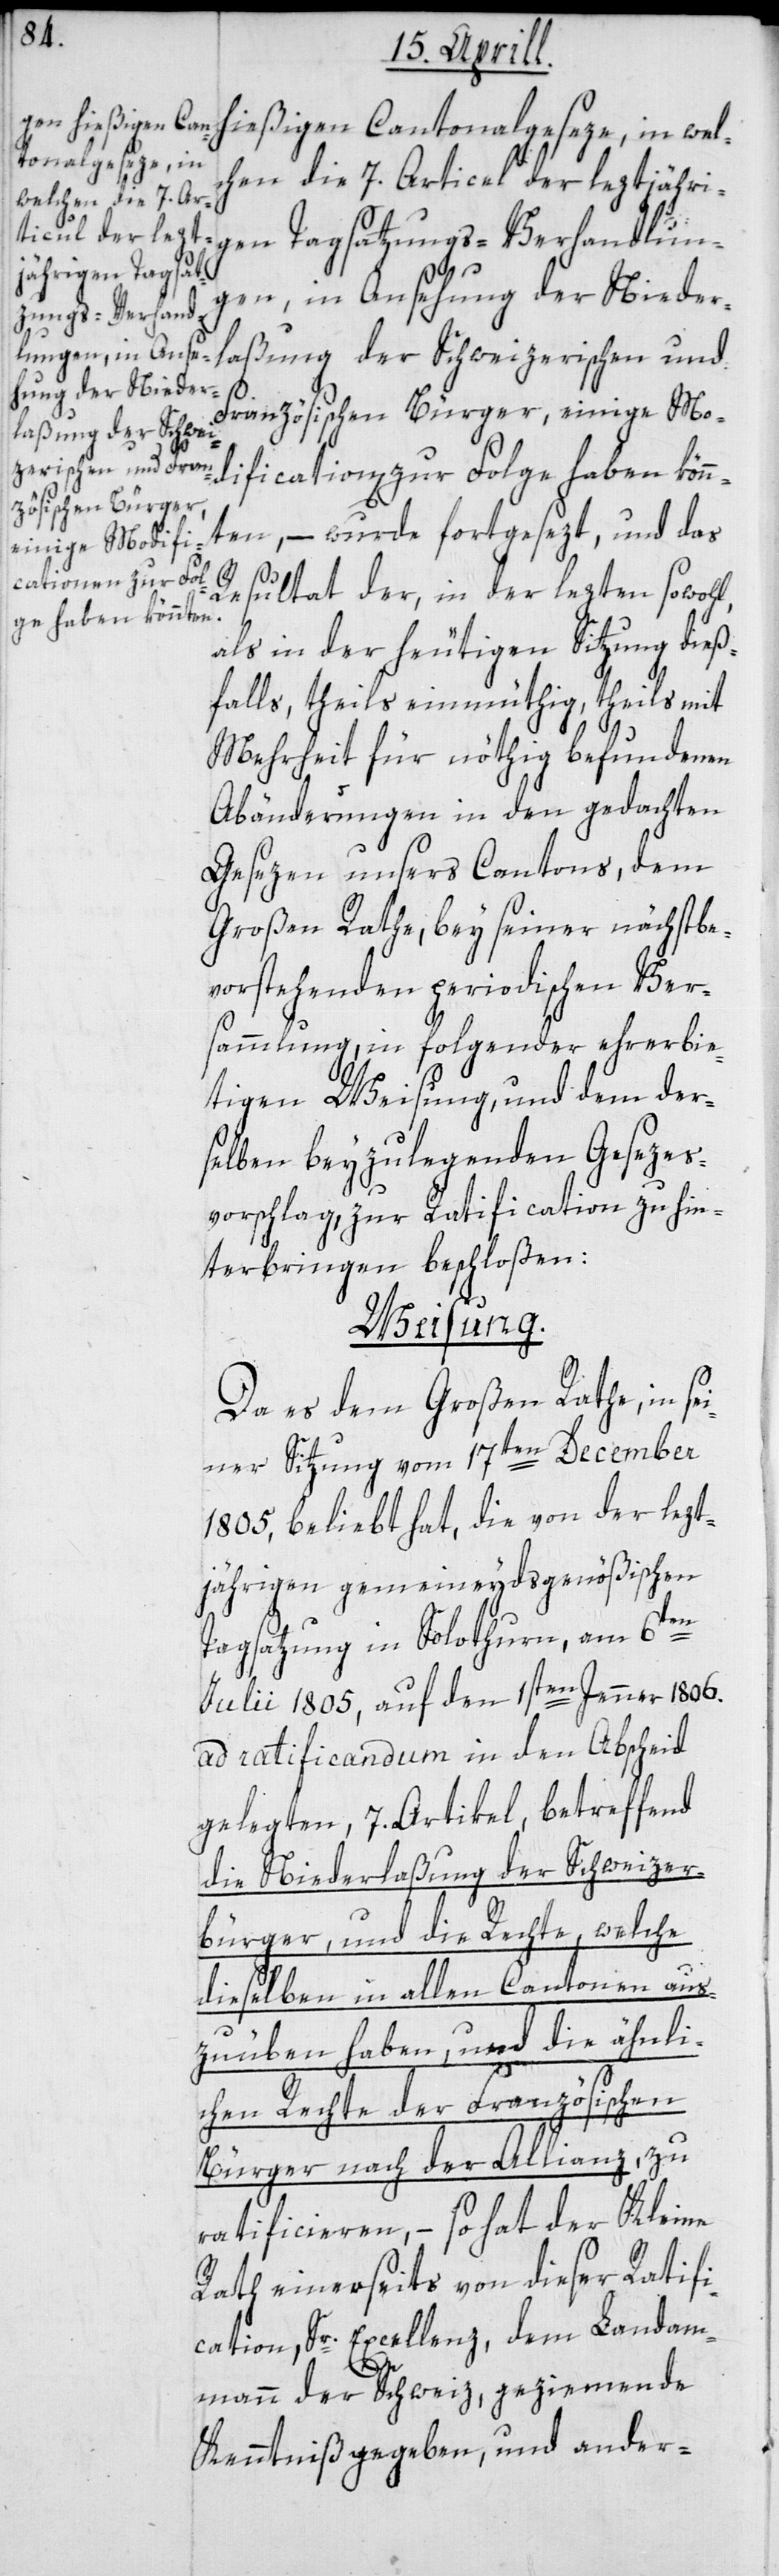
tonalgeseze, in
welchen die 7 Ar¬
ticel der lezt¬
jährigen Tagsat¬
zungs-Verhand¬
lungen, in Anse¬
laßung der Schweizerischen und
hung der Nieder¬
Französischen Bürger, einige Mo¬
dification zur Folge haben kön¬
nten, – wurde fortgesezt, und das
Resultat der, in der letzten sowohl
als in der heutigen Sitzung dieß¬
falls, theils einmüthig, theils mit
Mehrheit für nöthig befundenen
Abänderungen in den gedachten
Gesezen unsers Cantons, dem
Großen Rathe bey seiner nächstbe¬
vorstehenden periodischen Ver¬
sammlung, in folgender ehrerbie¬
tigen Weisung, und dem der¬
selben beyzulegenden Gesezes¬
vorschlag, zur Ratification zu hin¬
terbringen beschloßen:
Weisung.
Da es dem Großen Rathe, in se¬
iner Sitzung vom 17ten December
1805, beliebt hat, die von der lezt¬
jährigen gemeineydsgenößischen
Tagsatzung in Solothurn, am 6ten
Julii 1805, auf den 1sten Jenner 1806.
ad ratificandum in den Abscheid
gelegten, 7. Artikel, betreffend
die Niederlaßung der Schweizer¬
bürger, und die Rechte, welche
dieselben in allen Cantonen aus¬
zuüben haben, und die ähnli¬
chen Rechte der Französischen
Bürger nach der Allianz, zu
ratificieren, – so hat der Kleine
Rath einerseits von dieser Ratifi¬
cation Sr. Excellenz, dem Landam¬
mann der Schweiz, geziemende
Kenntniß gegeben, und ander-